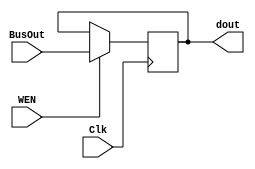
module Reg_module_W //write enable /IR, AR, Rp, Rt, Rk1, Rm1, Rn1, C1
#(parameter WIDTH = 8)
(Clk, WEN, BusOut, dout);
input Clk, WEN;
input [WIDTH-1:0] BusOut;
output [WIDTH-1:0] dout;
reg [WIDTH-1:0] value;

always @(negedge Clk) 
begin

    if (WEN) value <= BusOut;
          
end

assign dout=value;
    
endmodule